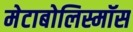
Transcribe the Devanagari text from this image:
मेटाबोलिस्मॉस